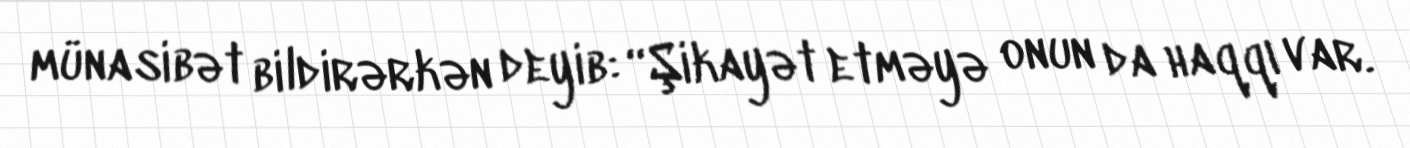
münasibət bildirərkən deyib: “Şikayət etməyə onun da haqqı var.